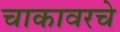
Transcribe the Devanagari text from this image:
चाकावरचे